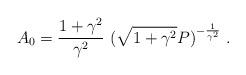
LaTeX: \begin{align*}A_0 = \frac{1+\gamma^2}{\gamma^2} \ (\sqrt{1+\gamma^2} P)^{-\frac{1}{\gamma^2}} \ .\end{align*}